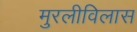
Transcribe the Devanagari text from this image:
मुरलीविलास